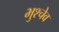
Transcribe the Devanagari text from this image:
भुश्चेव